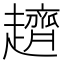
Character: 𧾙